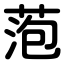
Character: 萢